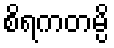
စိရကတမ္ပိ